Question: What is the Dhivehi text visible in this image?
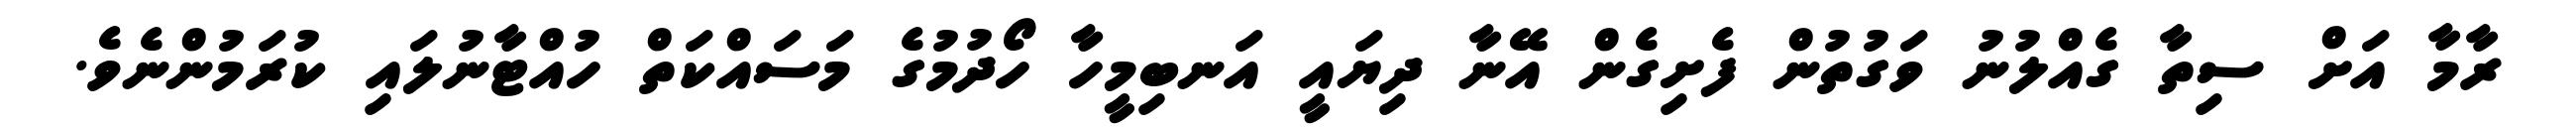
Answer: ރާމާ އަށް ސިތާ ގެއްލުނު ވަގުތުން ފެށިގެން އޭނާ ދިޔައީ އަނބިމީހާ ހޯދުމުގެ މަސައްކަތް ހުއްޓާނުލައި ކުރަމުންނެވެ.